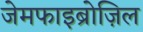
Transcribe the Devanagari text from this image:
जेमफाइब्रोज़िल